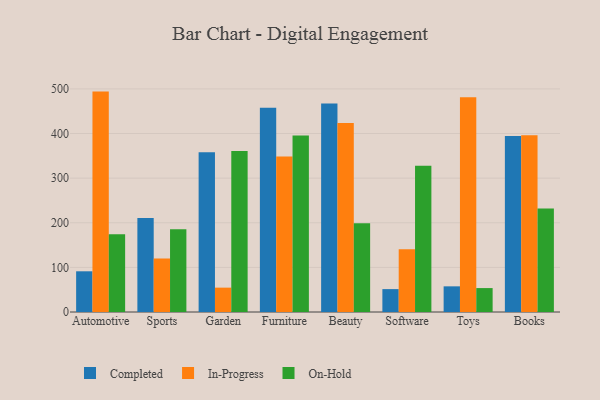
{"axis": {"x": "Category", "y": "Page Views"}, "legend": ["Completed", "In-Progress", "On-Hold"], "data": [{"x": "Automotive", "y": 91.2, "type": "Completed"}, {"x": "Automotive", "y": 493.9, "type": "In-Progress"}, {"x": "Automotive", "y": 174.4, "type": "On-Hold"}, {"x": "Sports", "y": 210.4, "type": "Completed"}, {"x": "Sports", "y": 119.9, "type": "In-Progress"}, {"x": "Sports", "y": 185.4, "type": "On-Hold"}, {"x": "Garden", "y": 358.1, "type": "Completed"}, {"x": "Garden", "y": 54.6, "type": "In-Progress"}, {"x": "Garden", "y": 360.8, "type": "On-Hold"}, {"x": "Furniture", "y": 457.8, "type": "Completed"}, {"x": "Furniture", "y": 348.6, "type": "In-Progress"}, {"x": "Furniture", "y": 395.4, "type": "On-Hold"}, {"x": "Beauty", "y": 467.4, "type": "Completed"}, {"x": "Beauty", "y": 423.7, "type": "In-Progress"}, {"x": "Beauty", "y": 199.0, "type": "On-Hold"}, {"x": "Software", "y": 51.3, "type": "Completed"}, {"x": "Software", "y": 140.8, "type": "In-Progress"}, {"x": "Software", "y": 327.9, "type": "On-Hold"}, {"x": "Toys", "y": 57.5, "type": "Completed"}, {"x": "Toys", "y": 481.3, "type": "In-Progress"}, {"x": "Toys", "y": 53.6, "type": "On-Hold"}, {"x": "Books", "y": 394.3, "type": "Completed"}, {"x": "Books", "y": 396.0, "type": "In-Progress"}, {"x": "Books", "y": 232.2, "type": "On-Hold"}]}